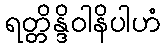
ရတ္တိန္ဒိဝါနိပါဟံ